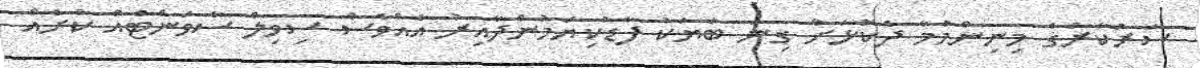
ސަރުކާރުގެ މިނިންމުމާ ދެކޮޅަށް ގިނަ ބަޔަކު ފާޑުކިޔަމުންދާއިރު އެއްވެސް ސިވިލް ސާވަންޓެއް ކުށެއް